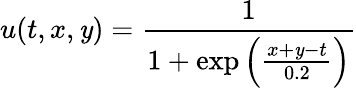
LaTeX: u(t,x,\mathit{y})=\frac{{1}}{{{1+\exp\left({\frac{{{x+\mathit{y}-t}}}{{{0.2}}}}\right)}}}